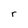
Character: r